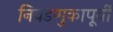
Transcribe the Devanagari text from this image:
निवडणुकापूर्वी